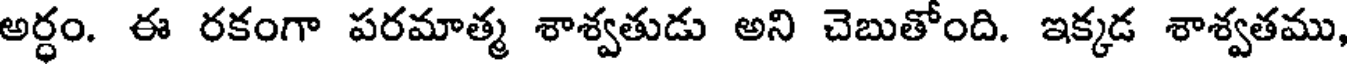
అర్ధం. ఈ రకంగా పరమాత్మ శాశ్వతుడు అని చెబుతోంది. ఇక్కడ శాశ్వతము,